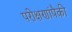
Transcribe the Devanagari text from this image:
परीक्षणांपैकी